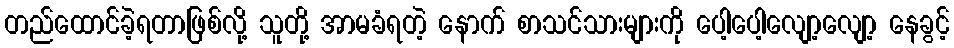
တည်ထောင်ခဲ့ရတာဖြစ်လို့ သူတို့ အာမခံရတဲ့ နောက် စာသင်သားများကို ပေါ့ပေါ့လျော့လျော့ နေခွင့်